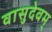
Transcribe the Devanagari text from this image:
वासुदेवम्